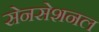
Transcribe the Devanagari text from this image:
सेनसेशनल